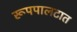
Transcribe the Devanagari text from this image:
रूपपालटात